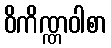
ဝိကိဏ္ဏဝါစာ